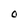
Character: O